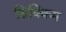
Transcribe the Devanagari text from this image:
सिक्किम